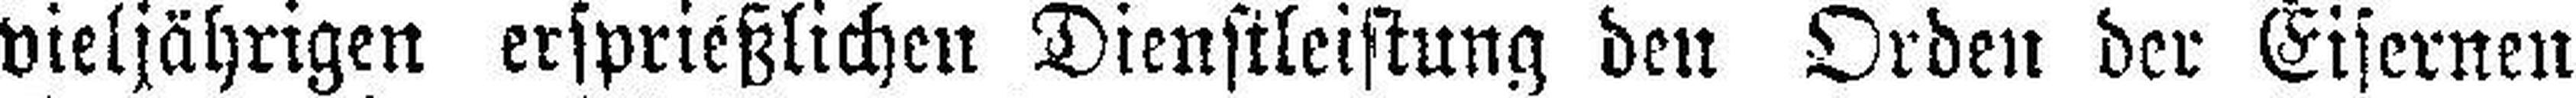
vieljährigen ersprießlichen Dienstleistung den Orden der Eisernen